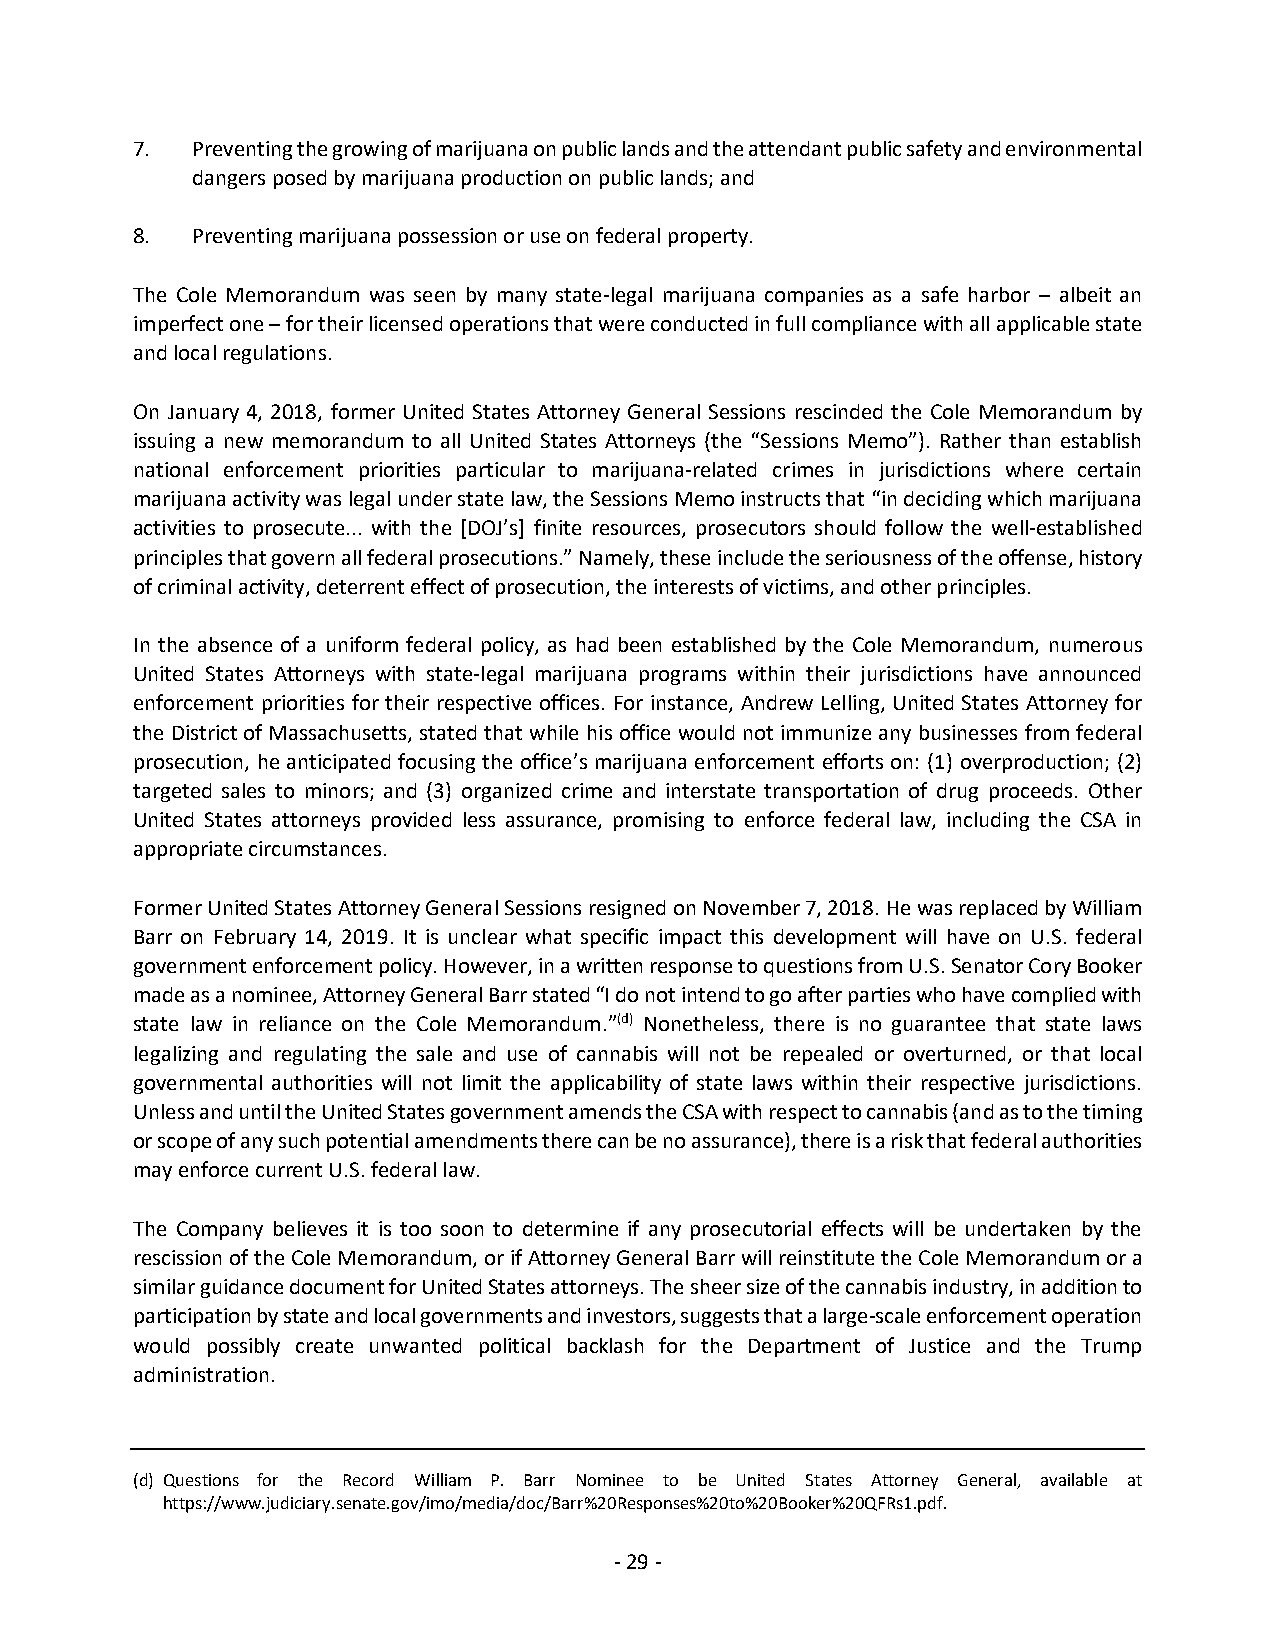
7.  Preventing the growing of marijuana on public lands and the attendant public safety and environmental
 dangers posed by marijuana production on public lands; and
 8.  Preventing marijuana possession or use on federal property.
 The Cole Memorandum was seen by many state-legal marijuana companies as a safe harbor – albeit an
 imperfect one – for their licensed operations that were conducted in full compliance with all applicable state
 and local regulations.
 On January 4, 2018, former United States Attorney General Sessions rescinded the Cole Memorandum by
 issuing a new memorandum to all United States Attorneys (the “Sessions Memo”). Rather than establish
 national enforcement priorities particular to marijuana-related crimes in jurisdictions where certain
 marijuana activity was legal under state law, the Sessions Memo instructs that “in deciding which marijuana
 activities to prosecute... with the [DOJ’s] finite resources, prosecutors should follow the well-established
 principles that govern all federal prosecutions.” Namely, these include the seriousness of the offense, history
 of criminal activity, deterrent effect of prosecution, the interests of victims, and other principles.
 In the absence of a uniform federal policy, as had been established by the Cole Memorandum, numerous
 United States Attorneys with state-legal marijuana programs within their jurisdictions have announced
 enforcement priorities for their respective offices. For instance, Andrew Lelling, United States Attorney for
 the District of Massachusetts, stated that while his office would not immunize any businesses from federal
 prosecution, he anticipated focusing the office’s marijuana enforcement efforts on: (1) overproduction; (2)
 targeted sales to minors; and (3) organized crime and interstate transportation of drug proceeds. Other
 United States attorneys provided less assurance, promising to enforce federal law, including the CSA in
 appropriate circumstances.
 Former United States Attorney General Sessions resigned on November 7, 2018. He was replaced by William
 Barr on February 14, 2019. It is unclear what specific impact this development will have on U.S. federal
 government enforcement policy. However, in a written response to questions from U.S. Senator Cory Booker
 made as a nominee, Attorney General Barr stated “I do not intend to go after parties who have complied with
 state law in reliance on the Cole Memorandum.”(d) Nonetheless, there is no guarantee that state laws
 legalizing and regulating the sale and use of cannabis will not be repealed or overturned, or that local
 governmental authorities will not limit the applicability of state laws within their respective jurisdictions.
 Unless and until the United States government amends the CSA with respect to cannabis (and as to the timing
 or scope of any such potential amendments there can be no assurance), there is a risk that federal authorities
 may enforce current U.S. federal law.
 The Company believes it is too soon to determine if any prosecutorial effects will be undertaken by the
 rescission of the Cole Memorandum, or if Attorney General Barr will reinstitute the Cole Memorandum or a
 similar guidance document for United States attorneys. The sheer size of the cannabis industry, in addition to
 participation by state and local governments and investors, suggests that a large-scale enforcement operation
 would possibly create unwanted political backlash for the Department of Justice and the Trump
 administration.
 (d) Questions for the Record William P. Barr Nominee to be United States Attorney General, available at
 https://www.judiciary.senate.gov/imo/media/doc/Barr%20Responses%20to%20Booker%20QFRs1.pdf.
 - 29 -